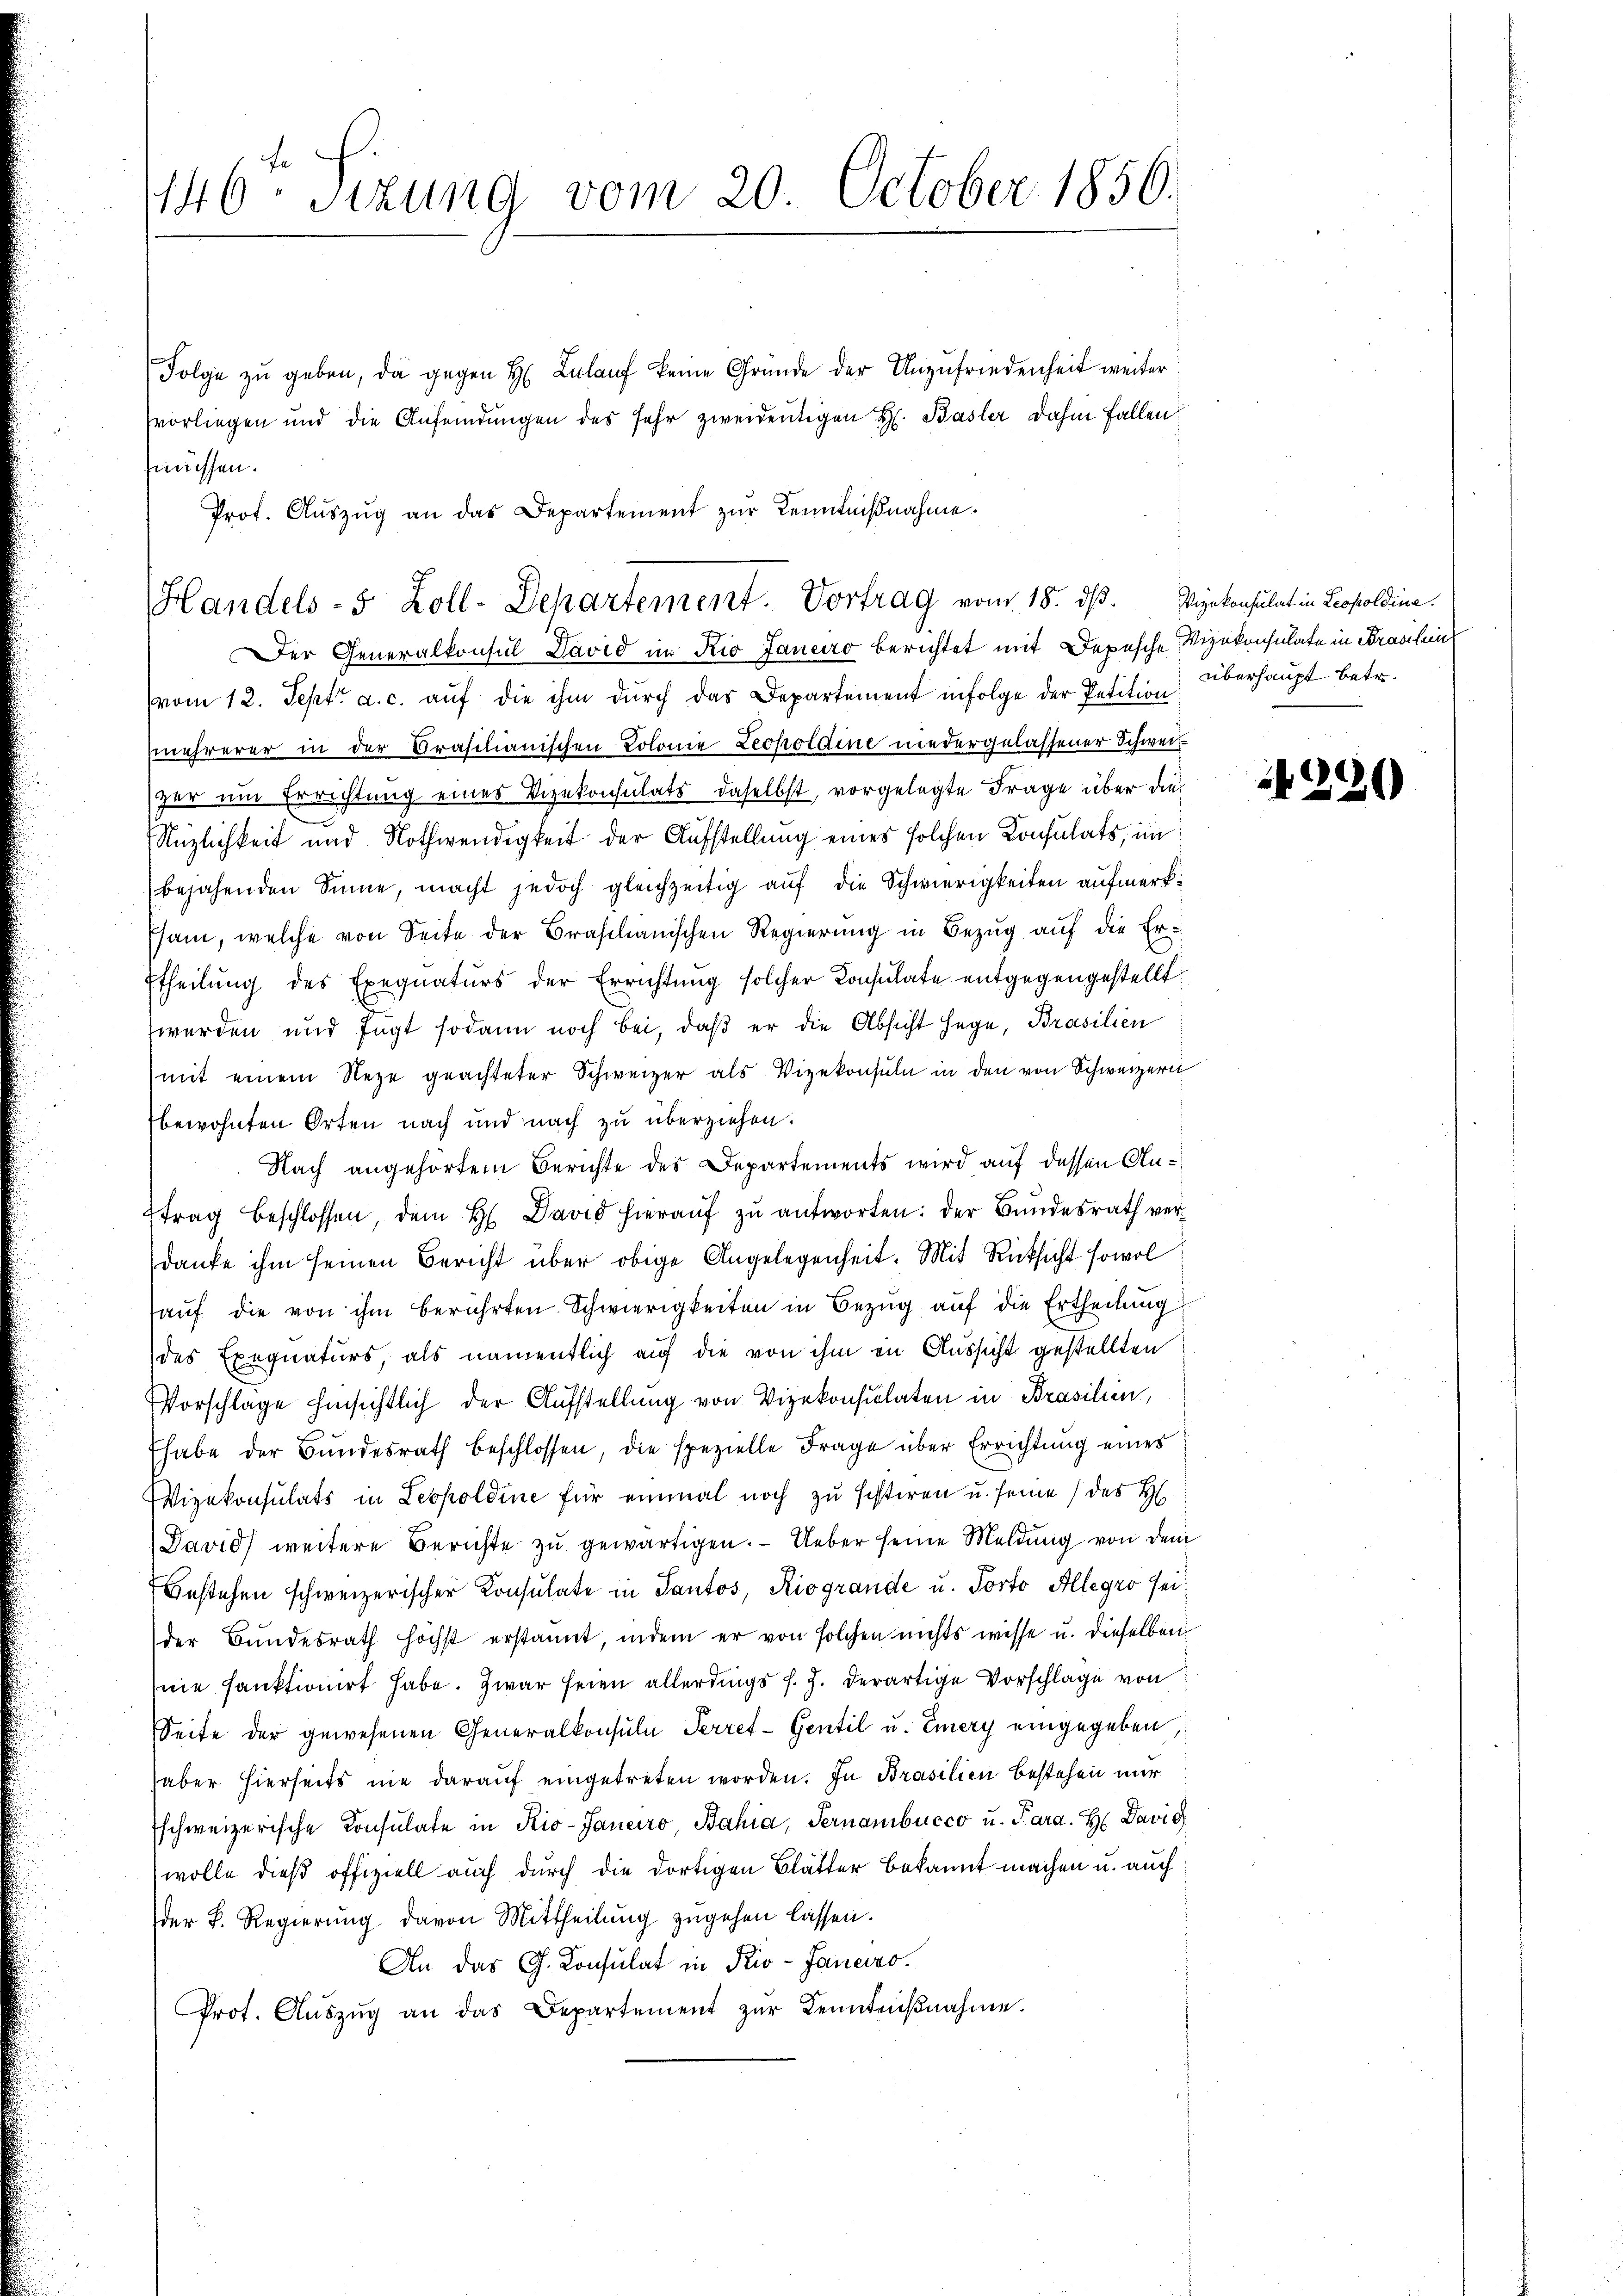
Folge zŭ geben, da gegen H. Zulauf keine Gründe der Unzufriedenheit weiter
vorliegen und die Anfeidŭngen des sehr zweideutigen H. Basler dahin fallen:
müssen.
Prot. Aŭszŭg an das Departement zŭr Kenntnißnahme.

1446. Sitzung vom 20. October 1856.

Handels- 5 Zoll-Departement. Vortrag vom 18. dß. Weinkonsulat in Leopoldina

Der Generalkonsul David im Rio Janeiro berichtet mit Depesche Vizekonsulate in Brasilen
vom 12. Sept. a. c. aŭf die ihm dŭrch das Departement infolge der Petition
mehrerer in der Brasilianischen Colonie Leopoldine niedergelassener Schwei
zer um Errichtung eines Vizekonsulats daselbst, vorgelegte Frage über die
Nüzlichkeit und Nothwendigkeit der Aufstellung eines solchen Konsulats, im
bejahenden Sinne, macht jedoch gleichzeitig auf die Schwierigkeiten aufmerksam, welche von Seite der Braschanischen Regierung in Bezug auf die Er¬
Etheilung des Exequaturs der Errichtung solcher Consulate entgegengestellt:
werden und fügt sodann noch bei, daß er die Absicht hege, Brasilien
mit einem Neze geachteter Schweizer als Vizekonsuln in den von Schweizern
bewohnten Orten nach und nach zu überziehen.
Nach angehörtem Berichte des Departements wird auf dessen Antrag beschlossen, dem H. David hieraŭf zŭ antworten: der Bundesrath verdanke ihm seinen Bericht über obige Angelegenheit. Mit Rücksicht sowol
hauf die von ihm berührten Schwierigkeiten in Bezug auf die Ertheilung
des Exequaturs als namentlich auf die von ihm in Aussicht gestellten
Vorschläge hinsichtlich der Aufstellung von Vizekonsulaten in Brasilien,
Ehabe der Bundesrath beschlossen, die spezielle Frage über Errichtung eines
Vizekonsulats in Leopoldine für einmal noch zu sistiren u. seine des H
David weitere Berichte zu gewärtigen. — Ueber seine Meldung von dem
Bestehen schweizerischer Konsulate in Pantos, Riogrande u. Porto Allegro seider Bundesrath höchst erkannt, indem er von solchen nichts wisse u. dieselben
sie sanktionirt habe. Zwar seien allerdings s. Z. derartige Vorschlage von
Seite der gewesenen Generalkonsula Perret-Gentil u. Emery eingegeben
haber hierseits nie darauf eingetreten worden. In Brasilien bestehen nur
Eschweizerische Consulate in Rio-Janeiro, Bahia, Pernambucco u. Para. H David
wolle dieß offiziell auch durch die dortigen Blätter bekannt machen u. auch
der P. Regierung davon Mittheilung zugehen lassen.
An das G. Consulat in Riv-Janeiro.
Prot. Aŭszŭg an das Departement zŭr Kenntniβnahme.

überhaupt betr.

220